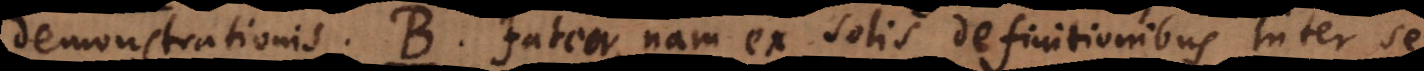
demonstrationis. B. Fateor, nam ex solis definitionibus inter se